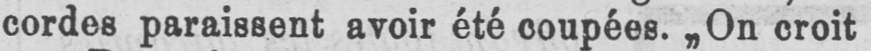
cordes paraissent avoir été coupées. „On croit